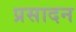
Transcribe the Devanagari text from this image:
प्रसादन